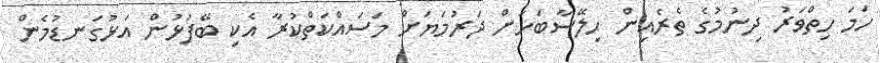
ހަމަ ހިތްވަރު ދިނުމުގެ ތެރެއިން ހިލޭސާބަހަށް ދަރުމަޔަށް މަސައްކަތްކުރާ އެކި ބޭފުޅުން އަޅުގަނޑުމެން